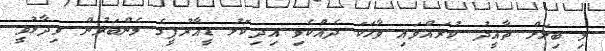
މި ބިލަށް ތާއީދު ކުރައްވައި ވާހަކަ ދެއްކެވި އިދިކޮޅު ޑީއާރުޕީގެ މެންބަރުން ވިދާޅުވީ